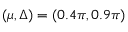
( \mu , \Delta ) = ( 0 . 4 \pi , 0 . 9 \pi )